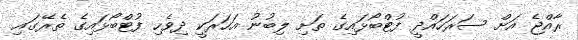
ރާއްޖެ އަށް ސަރަހައްދީ ފުޓްބޯޅައިގެ ތަށި ލިބުނު އަހަރަކީ ދިވެހި ފުޓްބޯޅައިގެ ތެރޭގައި